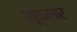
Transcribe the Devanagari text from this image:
मूवलर